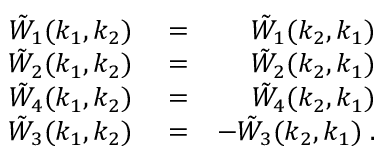
\begin{array} { r l r } { \tilde { W } _ { 1 } ( k _ { 1 } , k _ { 2 } ) } & { { } = } & { \tilde { W } _ { 1 } ( k _ { 2 } , k _ { 1 } ) } \\ { \tilde { W } _ { 2 } ( k _ { 1 } , k _ { 2 } ) } & { { } = } & { \tilde { W } _ { 2 } ( k _ { 2 } , k _ { 1 } ) } \\ { \tilde { W } _ { 4 } ( k _ { 1 } , k _ { 2 } ) } & { { } = } & { \tilde { W } _ { 4 } ( k _ { 2 } , k _ { 1 } ) } \\ { \tilde { W } _ { 3 } ( k _ { 1 } , k _ { 2 } ) } & { { } = } & { - \tilde { W } _ { 3 } ( k _ { 2 } , k _ { 1 } ) \; . } \end{array}